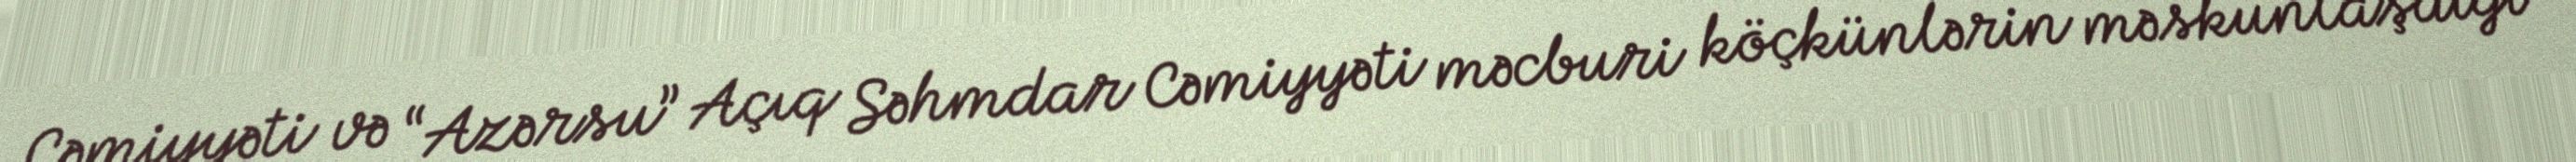
Cəmiyyəti və “Azərsu” Açıq Səhmdar Cəmiyyəti məcburi köçkünlərin məskunlaşdığı